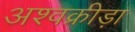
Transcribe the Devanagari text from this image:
अश्वक्रीड़ा